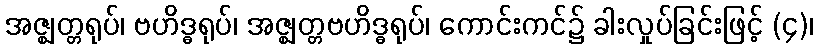
အဇ္ဈတ္တရုပ်၊ ဗဟိဒ္ဓရုပ်၊ အဇ္ဈတ္တဗဟိဒ္ဓရုပ်၊ ကောင်းကင်၌ ခါးလှုပ်ခြင်းဖြင့် (၄)၊